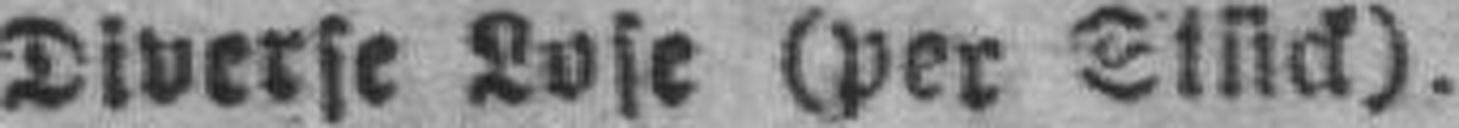
Diverse Lose (per Stück).